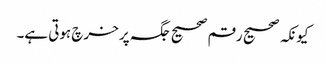
کیونکہ صحیح رقم صحیح جگہ پر خرچ ہوتی ہے۔